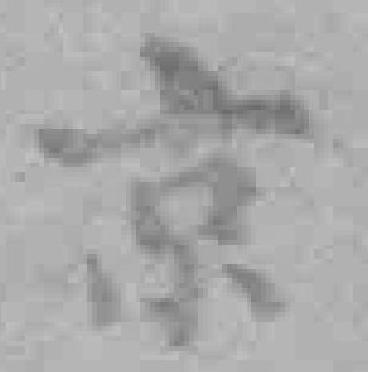
京